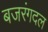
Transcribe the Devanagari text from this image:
बजरंगदल